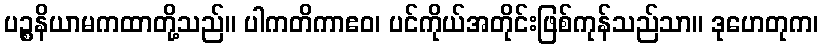
ပဉ္စနိယာမကထာတို့သည်။ ပါကတိကာဧဝ၊ ပင်ကိုယ်အတိုင်းဖြစ်ကုန်သည်သာ။ ဒုဟေတုက၊